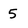
Character: 5